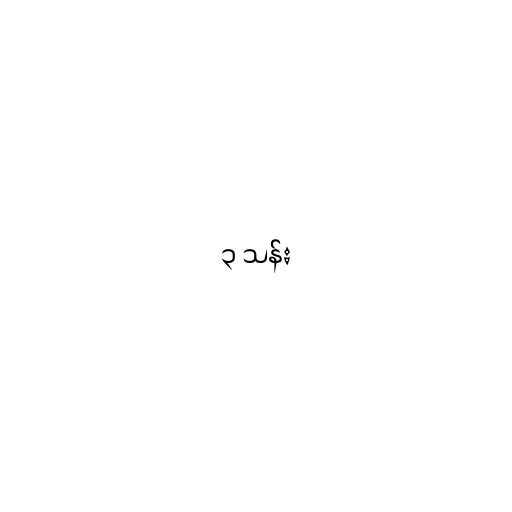
၃ သန်း